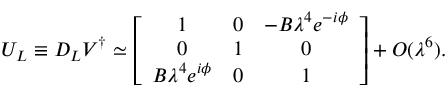
U _ { L } \equiv D _ { L } V ^ { \dagger } \simeq \left[ \begin{array} { c c c } { { 1 } } & { { 0 } } & { { - B \lambda ^ { 4 } e ^ { - i \phi } } } \\ { { 0 } } & { { 1 } } & { { 0 } } \\ { { B \lambda ^ { 4 } e ^ { i \phi } } } & { { 0 } } & { { 1 } } \end{array} \right] + { \cal O } ( \lambda ^ { 6 } ) .